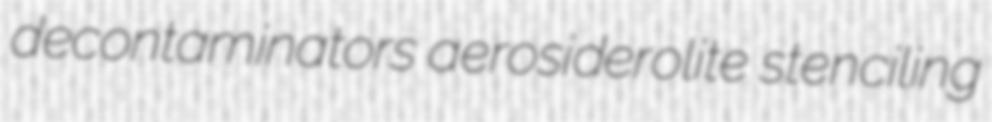
decontaminators aerosiderolite stenciling